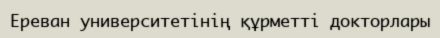
Ереван университетінің құрметті докторлары